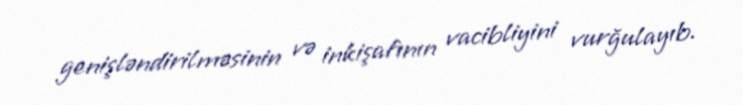
genişləndirilməsinin və inkişafının vacibliyini vurğulayıb.